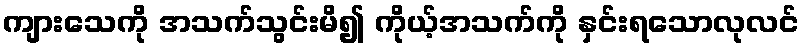
ကျားသေကို အသက်သွင်းမိ၍ ကိုယ့်အသက်ကို နှင်းရသောလုလင်